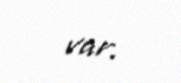
var.